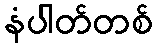
နံပါတ်တစ်